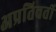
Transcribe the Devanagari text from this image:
अप्रतिवर्ती